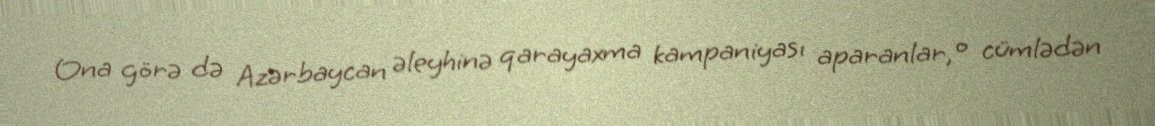
Ona görə də Azərbaycan əleyhinə qarayaxma kampaniyası aparanlar, o cümlədən